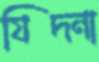
যিদনা